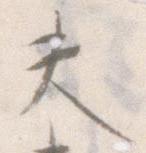
夫